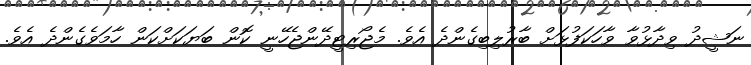
ނަޝީދު ވިދާޅުވާ ވާހަކަފުޅަށް ބާރުލިބިގެންދެ އެވެ. މެޖޯރިޓީދޭންޖެހޭނީ ކޮން ބަޔަކަށްކަން ހާމަވެގެންދެ އެވެ.